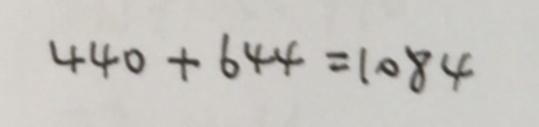
4 4 0 + 6 4 4 = 1 0 8 4